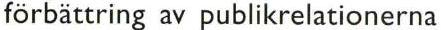
förbättring av publikrelationerna